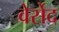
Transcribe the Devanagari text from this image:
वेर्सेद